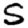
Digit: 5